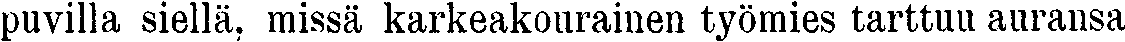
puvilla siellä, missä karkeakourainen työmies tarttuu auransa